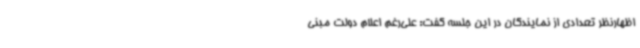
اظهارنظر تعدادی از نمایندگان در این جلسه گفت: علی‌رغم اعلام دولت مبنی